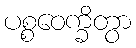
ပစ္စဝေက္ခိတွာ